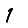
Digit: 1